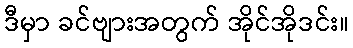
ဒီမှာ ခင်ဗျားအတွက် အိုင်အိုဒင်း။